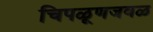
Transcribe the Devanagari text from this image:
चिपळूणजवळ